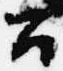
公